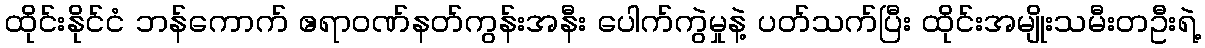
ထိုင်းနိုင်ငံ ဘန်ကောက် ဧရာဝဏ်နတ်ကွန်းအနီး ပေါက်ကွဲမှုနဲ့ ပတ်သက်ပြီး ထိုင်းအမျိုးသမီးတဦးရဲ့